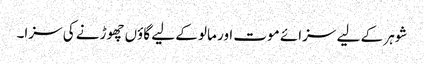
شوہر کے لیے سزائے موت اور مالو کے لیے گاؤں چھوڑنے کی سزا۔